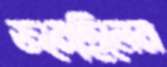
জমেছিলেম